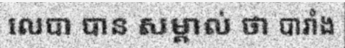
លេបា បាន សម្គាល់ ថា បារាំង